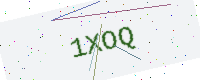
Text: 1XOQ